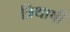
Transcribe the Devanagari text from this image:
त्रिथाषी